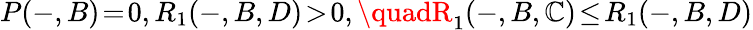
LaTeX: P(-,B)\! =\! 0,R_{1}(-,B,D)\! >\! 0,\quadR_{1}(-,B,\mathbb{C})\! \leq\! R_{1}(-,B,D)